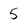
Character: 5